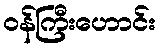
ဝန်ကြီးဟောင်း